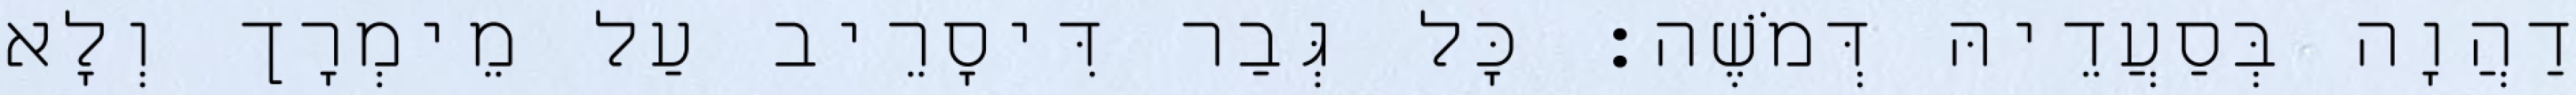
דַהֲוָה בְּסַעֲדֵיהּ דְּמֹשֶׁה׃ כָּל גְּבַר דִּיסָרֵיב עַל מֵימְרָך וְלָא